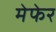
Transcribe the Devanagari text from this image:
मेफेर